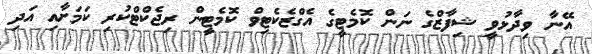
އޭނާ ވިދާޅުވީ ޝިފާޒްގެ ނަން ކޮމެޓީގެ އެގްޒެކެޓިވް ކޮމެޓީން ރިޖެކްޓްކުރި ކަމަށާއި އަދި